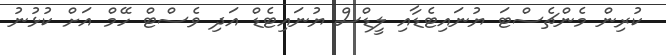
ކުރިން މެންޗެސްޓަ ޔުނައިޓެޑާއި ލީޑްސް ޔުނައިޓެޑް އަދި ވެސްޓް ހޭމް އަށް ކުޅުނު